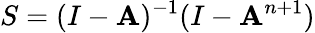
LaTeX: S=(I-\mathbf{A})^{-1}(I-\mathbf{A}^{n+1})